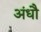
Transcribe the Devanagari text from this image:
अंधौ